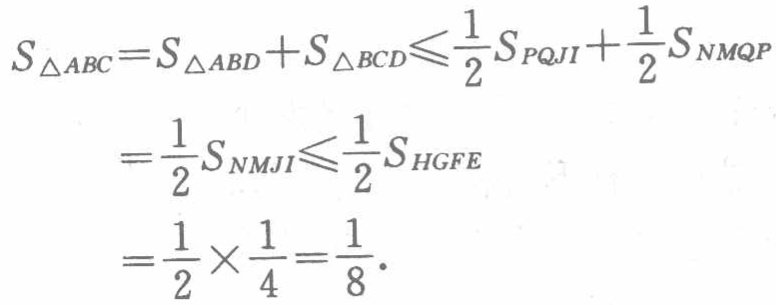
\[

\begin{align*}

S_{\triangle ABC}&=S_{\triangle ABD} + S_{\triangle BCD}\leqslant\frac{1}{2}S_{PQJI}+\frac{1}{2}S_{NMQP}\\

&=\frac{1}{2}S_{NMJI}\leqslant\frac{1}{2}S_{HGFE}\\

&=\frac{1}{2}\times\frac{1}{4}=\frac{1}{8}.

\end{align*}

\]